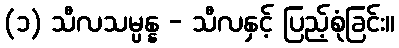
(၁) သီလသမ္ပန္န - သီလနှင့် ပြည့်စုံခြင်း။